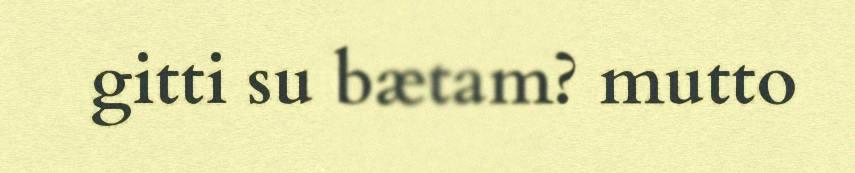
gitti su bætam? mutto